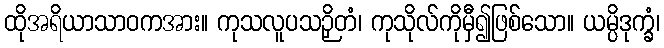
ထိုအရိယာသာဝကအား။ ကုသလူပသဉှိတံ၊ ကုသိုလ်ကိုမှီ၍ဖြစ်သော။ ယမ္ပိဒုက္ခံ၊